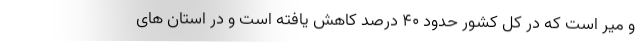
و میر است که در کل کشور حدود ۴۰ درصد کاهش یافته است و در استان های